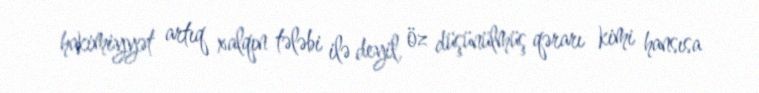
hakimiyyət artıq xalqın tələbi ilə deyil, öz düşünülmüş qərarı kimi hansısa